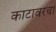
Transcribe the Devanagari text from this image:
काटावरचा